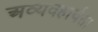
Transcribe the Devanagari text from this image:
अव्यवहार्यता